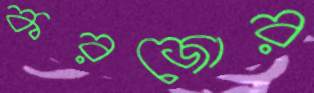
করজোর